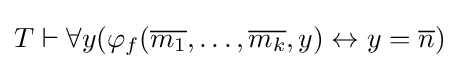
T\vdash \forall y(\varphi _{f}({\overline {m_{1}}},\dots ,{\overline {m_{k}}},y)\leftrightarrow y={\overline {n}})